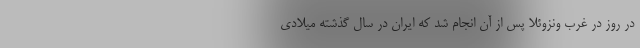
در روز در غرب ونزوئلا پس از آن انجام شد که ایران در سال گذشته میلادی